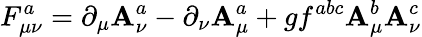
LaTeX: F_{\mu\nu}^{a}=\partial_{\mu}\mathbf{A}_{\nu}^{a}-\partial_{\nu}\mathbf{A}_{\mu}^{a}+gf^{abc}\mathbf{A}_{\mu}^{b}\mathbf{A}_{\nu}^{c}